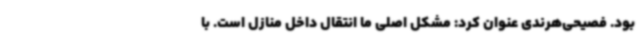
بود. فصیحی‌هرندی عنوان کرد: مشکل اصلی ‌ما انتقال داخل منازل است. با